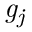
{ \mathit { g } } _ { \mathit { j } }